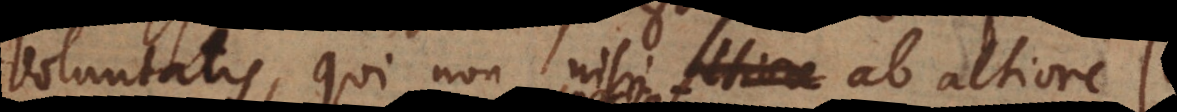
voluntatis, qui non nisi ab altiore